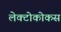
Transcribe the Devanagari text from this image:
लेक्टोकोकस